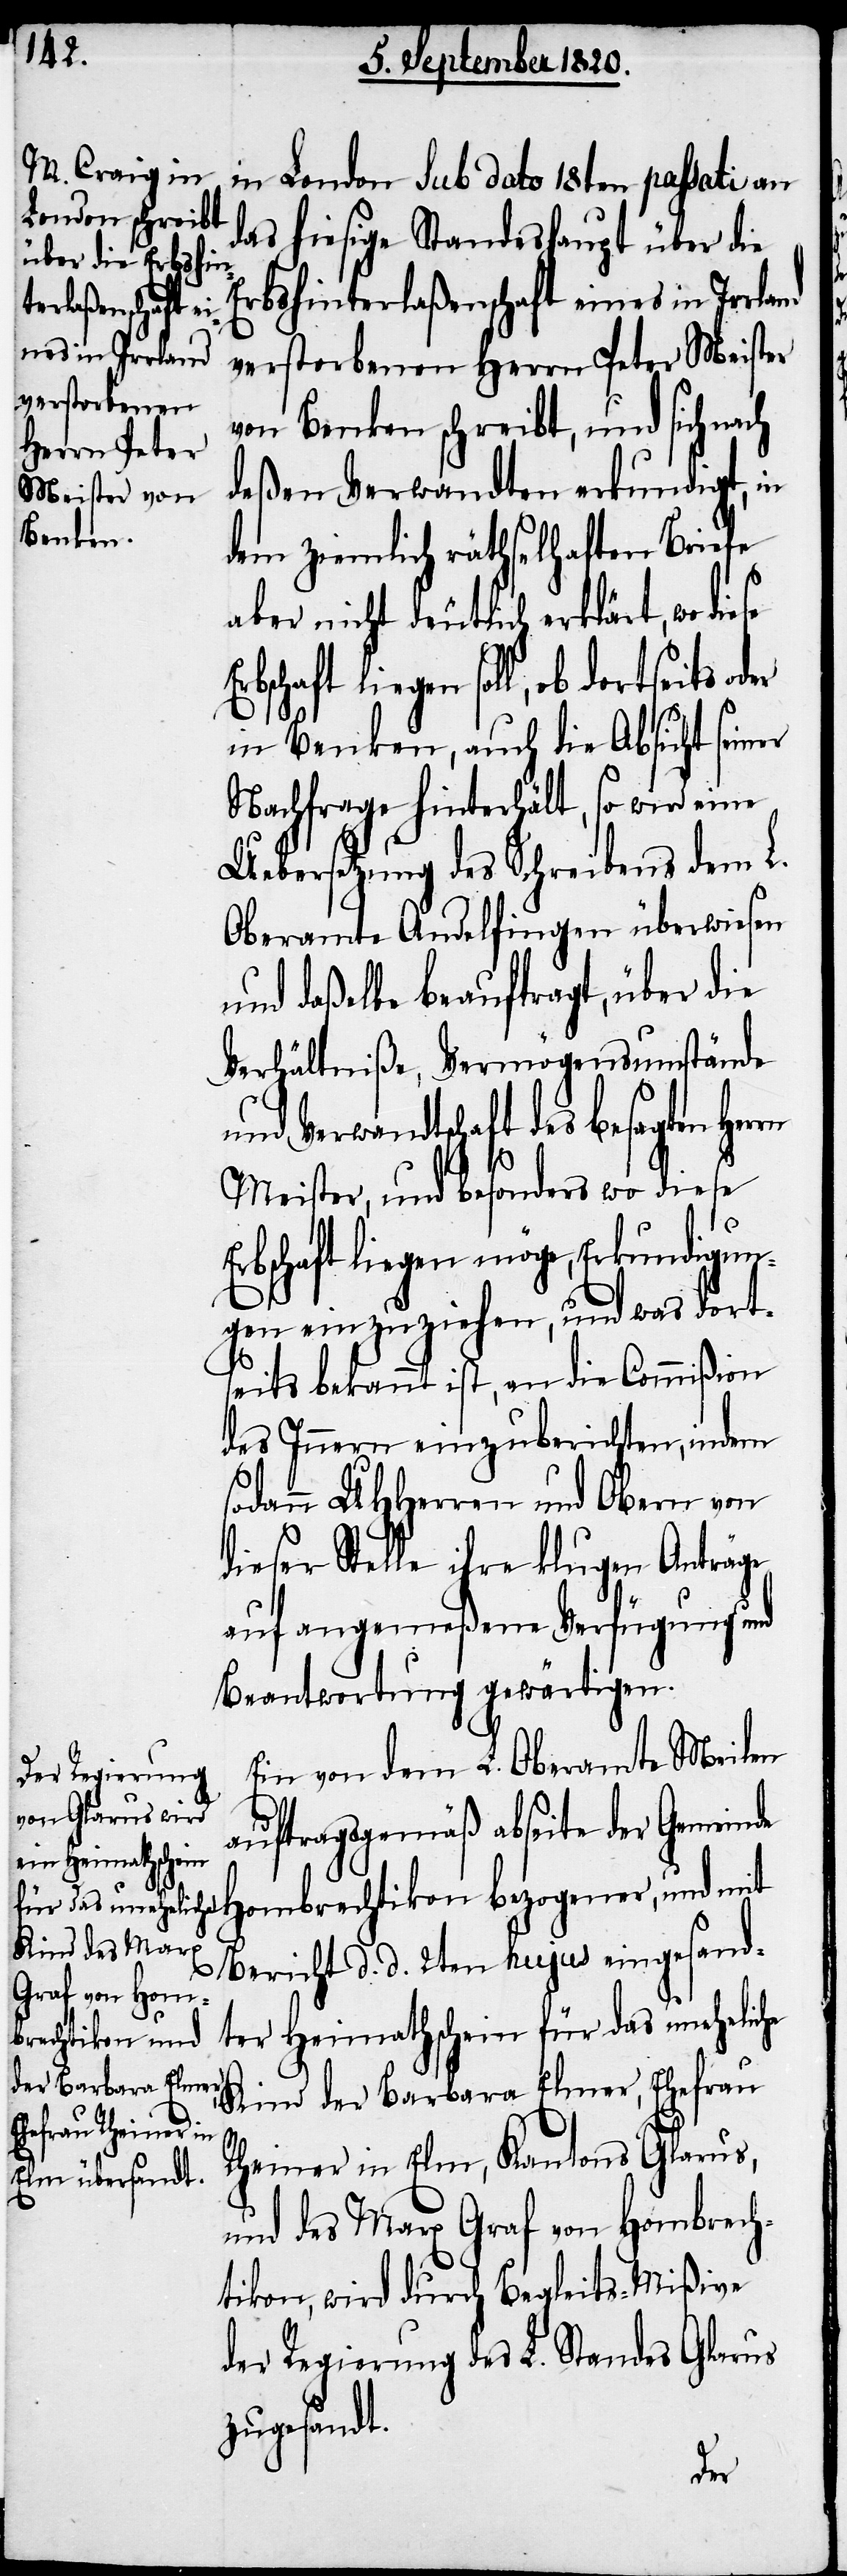
in London sub dato 18ten passati an
das hiesige Standeshaupt über die
Erbshinterlaßenschaft eines in Irrland
verstorbenen Herrn Peter Meister
von Benken schreibt, und sich nach
deßen Verwandten erkundigt, in
dem ziemlich räthselhaften Briefe
aber nicht deutlich erklärt, wo diese
bschaft liegen soll, ob dortseits
in Benken, auch die Absicht seiner
Nachfrage hinterhält, so wird eine
Uebersetzung des Schreibens dem L.
Oberamte Andelfingen überwiesen
und daßelbe beauftragt, über die
Verhältniße, Vermögensumstände
und Verwandtschaft des besagten
Meister, und besonders wo diese
bschaft liegen möge, Erkundigun¬
gen einzuziehen, und was dort¬
seits bekannt ist, an die Commißion
des Innern einzuberichten, indem
sodann UHHerren und Obern von
dieser Stelle ihre Klugen Anträge
auf angemeßene Verfügung und
Beantwortung gewärtigen.
Ein von dem L. Oberamte Meilen
auftragsgemäß abseite der Gemeinde
Hombrechtikon bezogener, und mit
Bericht d. d. 2ten hujus eingesand¬
Heimathschein für das uneheliche
ter
Kind der Barbara Elmer, Ehefrau
Rheiner in Elm, Kantons Glarus,
und des Marx Graf von Hombrech¬
tikon, wird durch Begleits-Mißive
der Regierung des L. Standes Glarus
zugesandt.
Er¬